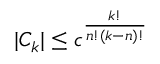
| C _ { k } | \leq c ^ { \frac { k ! } { n ! ( k - n ) ! } }